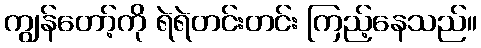
ကျွန်တော့်ကို ရဲရဲတင်းတင်း ကြည့်နေသည်။